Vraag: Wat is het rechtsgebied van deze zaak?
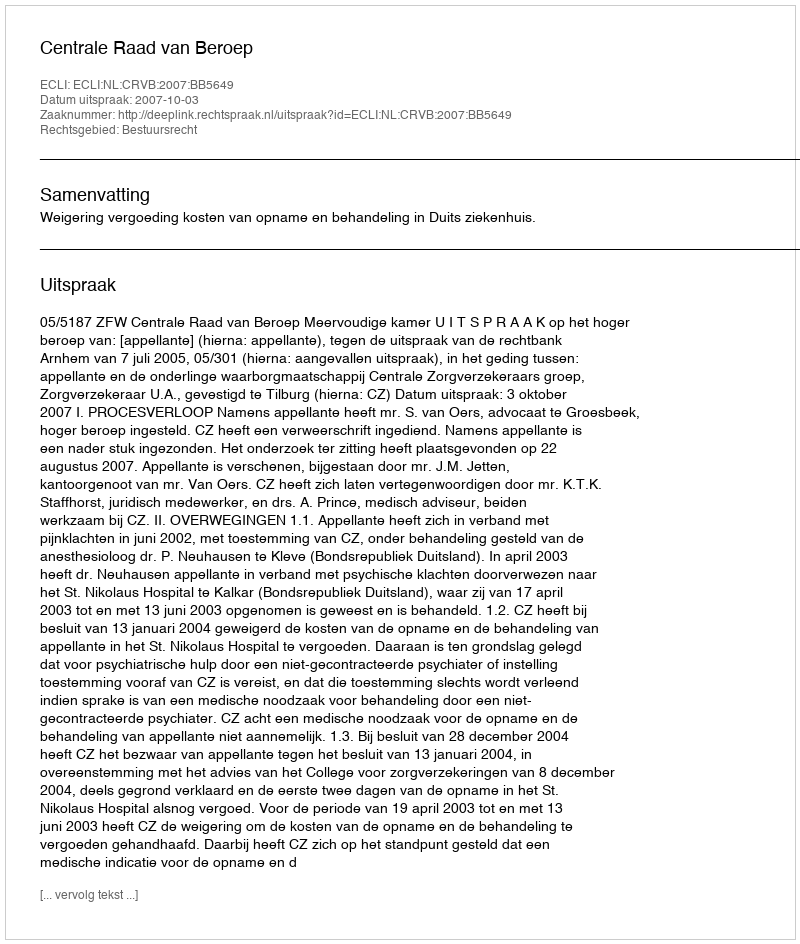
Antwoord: Bestuursrecht